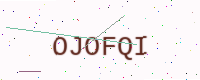
Text: OJOFQI